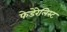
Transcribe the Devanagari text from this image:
फेडेरेलिस्ट